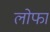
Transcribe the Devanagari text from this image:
लोफा